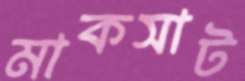
মাকসাট